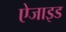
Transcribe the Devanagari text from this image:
ऐजाइड